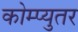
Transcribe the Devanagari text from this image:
कोम्प्युतर